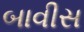
બાવીસ